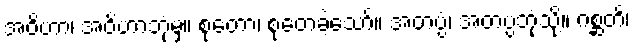
အဝိဟာ၊ အဝိဟာဘုံမှ။ စုတော၊ စုတေခဲ့သော်။ အတပ္ပံ၊ အတပ္ပဘုံသို့။ ဂစ္ဆတိ၊